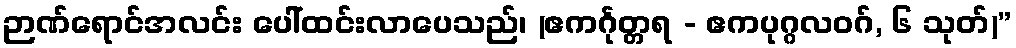
ဉာဏ်ရောင်အလင်း ပေါ်ထင်းလာပေသည်၊ (ဧကင်္ဂုတ္တရ - ဧကပုဂ္ဂလဝဂ်, ၆ သုတ်)”